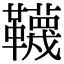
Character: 韈